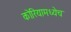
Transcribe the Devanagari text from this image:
कोरियामध्येच